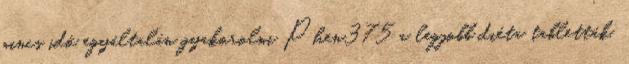
nincs idő egyáltalán gyakorolni Phen375 a legjobb diéta tabletták.